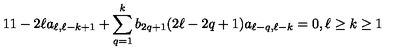
1 1 - 2 \ell a _ { \ell , \ell - k + 1 } + \sum _ { q = 1 } ^ { k } b _ { 2 q + 1 } ( 2 \ell - 2 q + 1 ) a _ { \ell - q , \ell - k } = 0 , \ell \geq k \geq 1